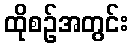
ထိုစဉ်အတွင်း